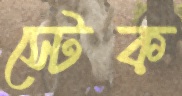
স্টেক